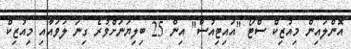
އޮންލައިން މިއުޒިކް ސްޓޯ "އައިޓިއުސް" އިން 25 ބިލިޔަނަށްވުރެ ގިނަ ލަވައާއި މިއުޒިކް